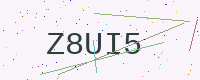
Text: Z8UI5